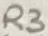
Text: R3